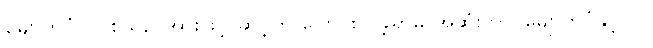
မျောက်ဝံ၊ လူစသည်အားဖြင့် ဆင့်ကဲ ပြောင်းလဲခဲ့ရာမှ အဆုံးတွင် မျောက်ဝံနှင့် လူ